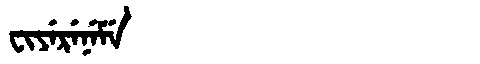
Manchu: ᠸᡳᠶᡝᡵᡝᠨᡝᠮᡝ
Romanization: FIYERENEME